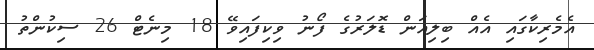
އެމެރިކާގައި އެއް ބިލިއަން ޑޮލަރުގެ ފޯނު ވިކިފައިވޭ 18 މިނެޓް 26 ސިކުންތު